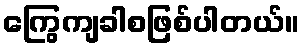
ကြွေကျခါစဖြစ်ပါတယ်။